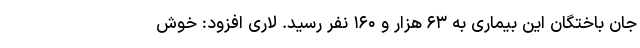
جان باختگان این بیماری به ۶۳ هزار و ۱۶۰ نفر رسید. لاری افزود: خوش